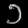
Digit: ၁